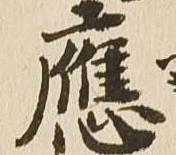
応